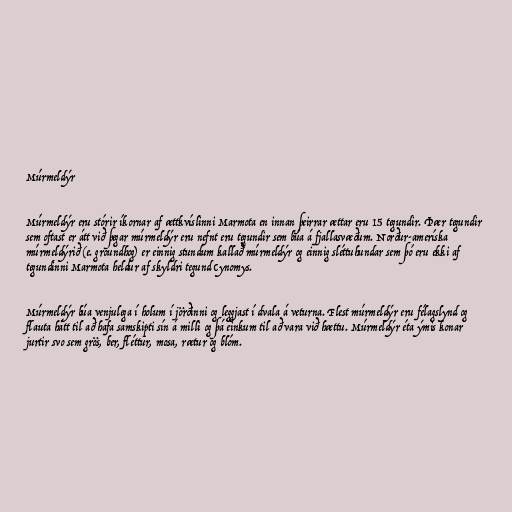
Múrmeldýr

Múrmeldýr eru stórir íkornar af ættkvíslinni Marmota en innan þeirrar ættar eru 15 tegundir. Þær tegundir
sem oftast er átt við þegar múrmeldýr eru nefnt eru tegundir sem búa á fjallasvæðum. Norður-ameríska
múrmeldýrið (e. groundhog) er einnig stundum kallað múrmeldýr og einnig sléttuhundar sem þó eru ekki af
tegundinni Marmota heldur af skyldri tegund Cynomys.

Múrmeldýr búa venjulega í holum í jörðinni og leggjast í dvala á veturna. Flest múrmeldýr eru félagslynd og
flauta hátt til að hafa samskipti sín á milli og þá einkum til að vara við hættu. Múrmeldýr éta ýmis konar
jurtir svo sem grös, ber, fléttur, mosa, rætur og blóm.